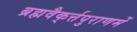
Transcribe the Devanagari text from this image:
ब्रह्मवैक्‌र्त्तपुराणमें